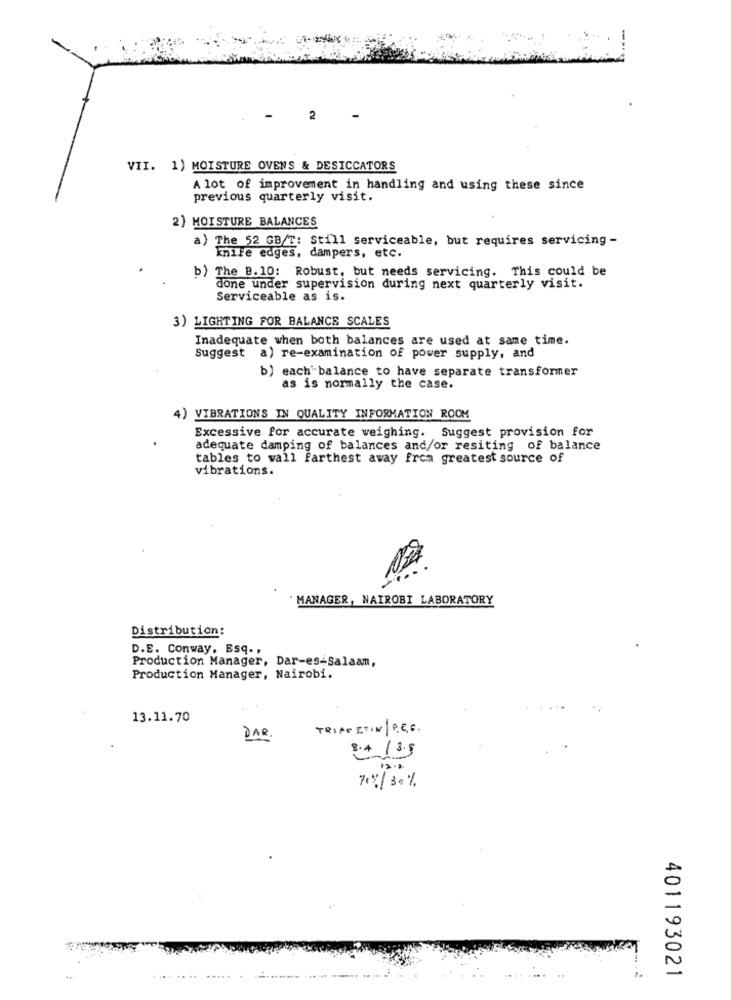
2
VII. 1) MOISTURE OVENS & DESICCATORS
A lot of improvement in handling and using these since
previous quarterly visit.
2) MOISTURE BALANCES
a) The 52 GB/T: Still serviceable, but requires servicing -
knife edges, dampers, etc.
b) The B.10: Robust, but needs servicing. This could be
done under supervision during next quarterly visit.
Serviceable as is.
3) LIGHTING FOR BALANCE SCALES
Inadequate when both balances are used at same time.
Suggest a) re-examination of power supply, and
b) each' balance to have separate transformer
as is normally the case.
4)
VIBRATIONS IN QUALITY INFORMATION ROOM
Excessive for accurate weighing. Suggest provision for
adequate damping of balances and/or resiting of balance
tables to wall farthest away from greatest source of
vibrations.
MANAGER, NAIROBI LABORATORY
Distribution:
D.E. Conway, Esq. ,
Production Manager, Dar-es-Salaam,
Production Manager, Nairobi.
13.11.70
TRIAS ITIN / P. E. G.
DAR
8.4 13.5
12.2
70%/30%
401193021